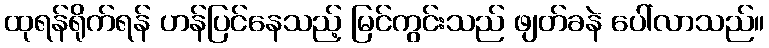
ထုရန်ရိုက်ရန် ဟန်ပြင်နေသည့် မြင်ကွင်းသည် ဖျတ်ခနဲ ပေါ်လာသည်။